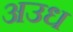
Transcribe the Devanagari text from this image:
अउध